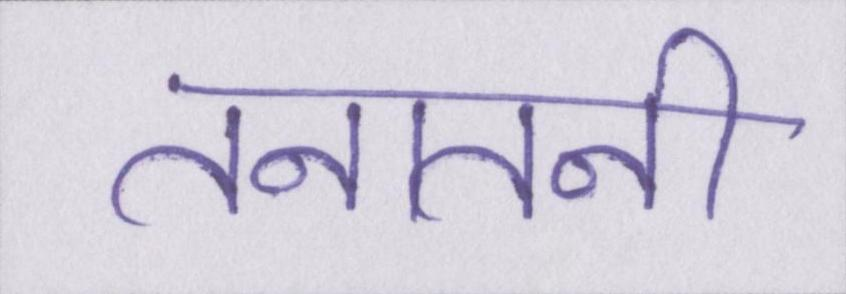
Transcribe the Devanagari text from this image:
तनातनी